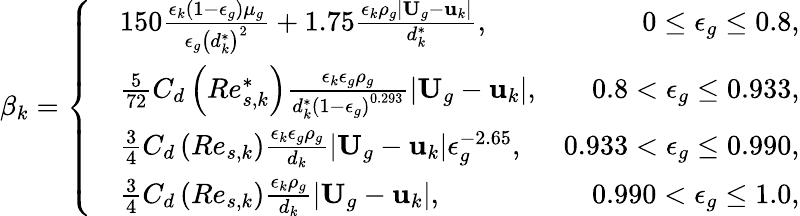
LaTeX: \beta_{k}=\left\{ \begin{array}{rlr}&{150\frac{\epsilon_{k}\left(1-\epsilon_{g}\right)\mu_{g}}{\epsilon_{g}\left(d_{k}^{*}\right)^{2}}+1.75\frac{\epsilon_{k}\rho_{g}|\textbf{U}_{g}-\textbf{u}_{k}|}{d_{k}^{*}},}&{0\le\epsilon_{g}\le 0.8,}\\ &{\frac{5}{72}C_{d}\left(Re_{s,k}^{*}\right)\frac{\epsilon_{k}\epsilon_{g}\rho_{g}}{d_{k}^{*}\left(1-\epsilon_{g}\right)^{0.293}}|\textbf{U}_{g}-\textbf{u}_{k}|,}&{0.8<\epsilon_{g}\le 0.933,}\\ &{\frac{3}{4}C_{d}\left(Re_{s,k}\right)\frac{\epsilon_{k}\epsilon_{g}\rho_{g}}{d_{k}}|\textbf{U}_{g}-\textbf{u}_{k}|\epsilon_{g}^{-2.65},}&{0.933<\epsilon_{g}\le 0.990,}\\ &{\frac{3}{4}C_{d}\left(Re_{s,k}\right)\frac{\epsilon_{k}\rho_{g}}{d_{k}}|\textbf{U}_{g}-\textbf{u}_{k}|,}&{0.990<\epsilon_{g}\le 1.0,}\end{array}\right.